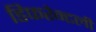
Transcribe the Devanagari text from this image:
डिफरेन्टली